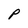
Character: P